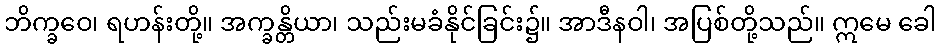
ဘိက္ခဝေ၊ ရဟန်းတို့။ အက္ခန္တိယာ၊ သည်းမခံနိုင်ခြင်း၌။ အာဒီနဝါ၊ အပြစ်တို့သည်။ ဣမေ ခေါ